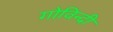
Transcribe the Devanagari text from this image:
गोविन्दी